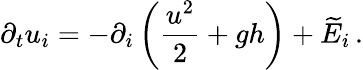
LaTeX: \partial_{t}u_{i}=-\partial_{i}\left(\frac{u^{2}}{2}+gh\right)+\widetilde{E}_{i}\, .